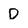
Character: D